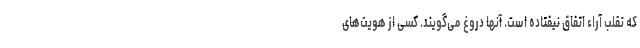
که تقلب آراء اتفاق نیفتاده است. آنها دروغ می‌گویند. کسی از هویت‌های